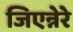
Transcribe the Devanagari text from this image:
जिएन्नेरे